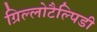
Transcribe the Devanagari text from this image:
ग्रिल्लोटैल्पिडी